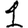
Digit: 1